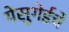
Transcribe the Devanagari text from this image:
येसुगेईचे